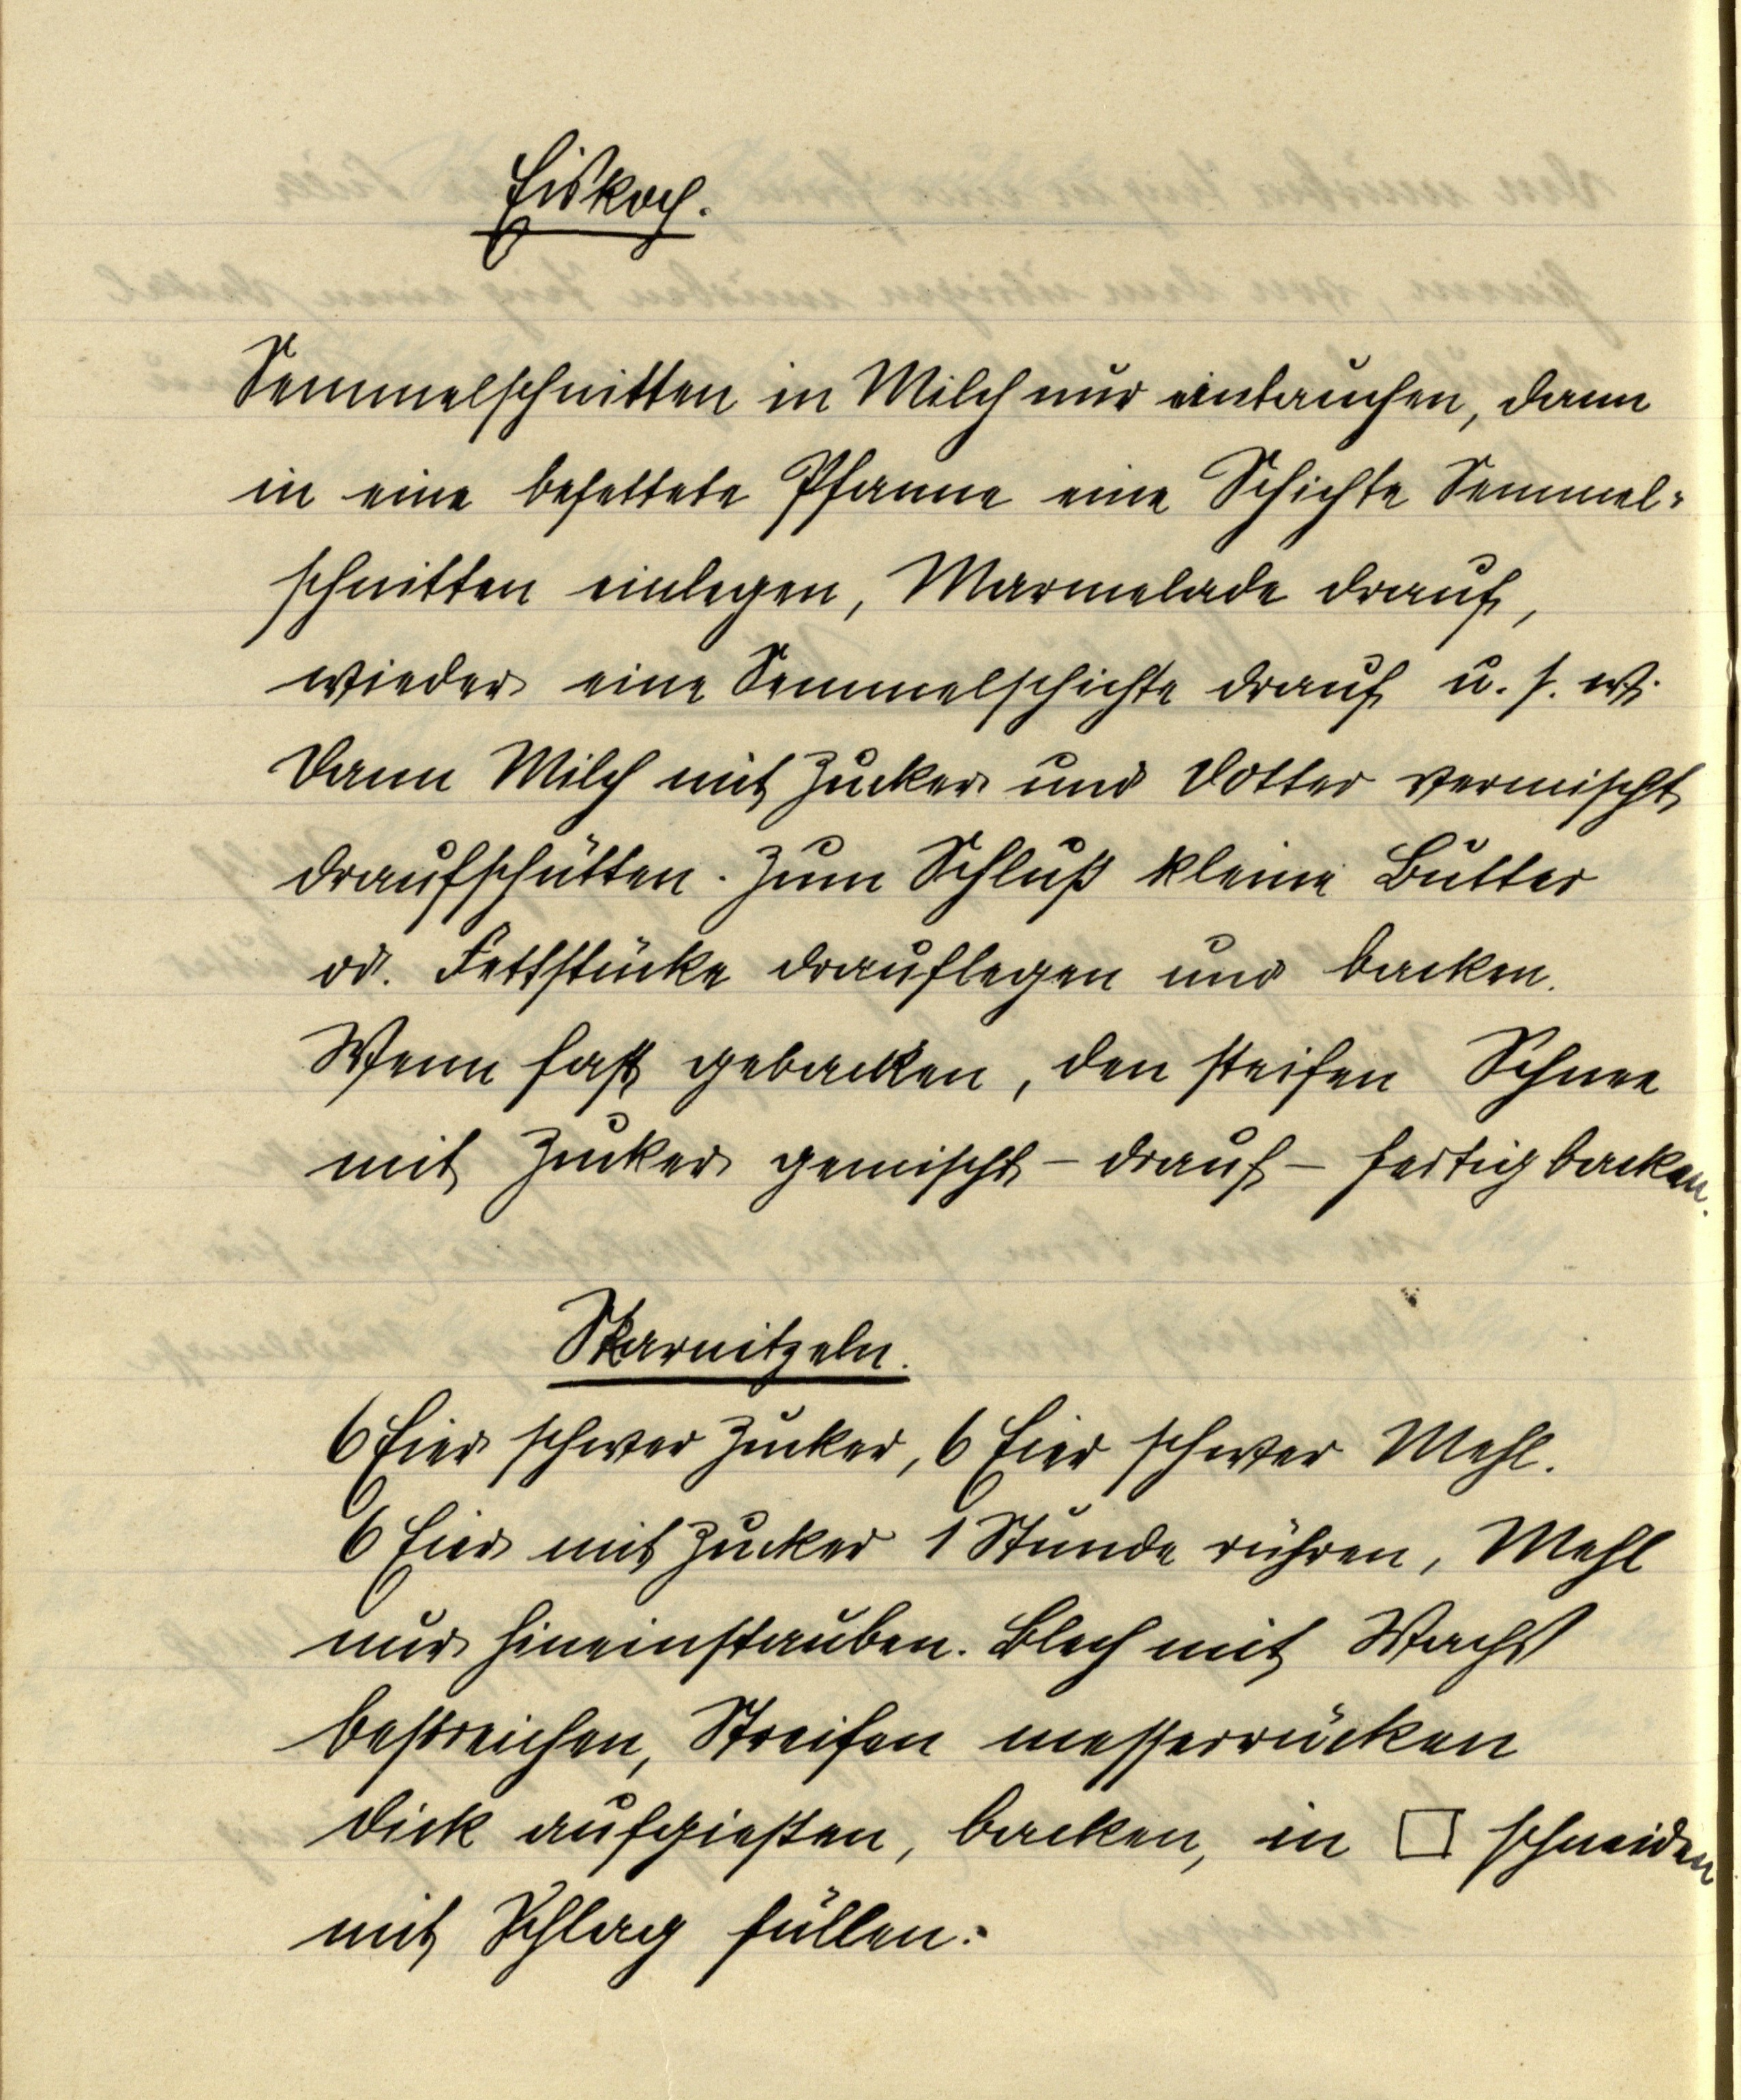
Eiskoch.

Semmelschnitten in Milch nur eintauchen, dann
in eine befettete Pfanne eine Schichte Semmel¬
schnitten einlegen, Marmelade drauf,
wieder eine Semmelschichte drauf u.s.w.
Dann Milch mit Zucker und Dotter vermischen
draufschütten. Zum Schluß kleine Butter
od. Fettstücke drauflegen und backen.
Wenn fest gebacken, den steifen Schnee
mit Zucker gemischt — drauf — fertig backen.

Skarnitzeln.
6 Eier schwer Zucker, 6 Eier schwer Mehl.
6 Eier mit Zucker 1 Stunde rühren, Mehl
nur hineinstauben. Blech mit Wachs
bestreichen, Streifen messerrücken
dick aufgießen, backen, in ⃞ schneiden
mit Schlag füllen.